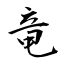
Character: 竜